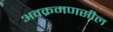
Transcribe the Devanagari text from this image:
अवक्रमणसील